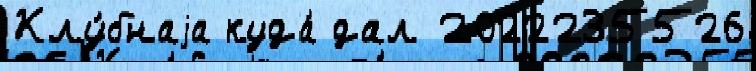
Клу́бнаjа куда́ дал 2022235526